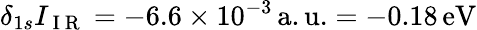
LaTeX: \delta_{1s}I_{\mathrm{~I~R~}}=-6.6\times 10^{-3}\, \mathrm{{a.u.}=-0.18\, \mathrm{{eV}}}